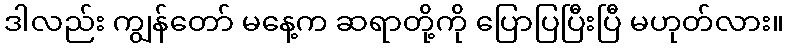
ဒါလည်း ကျွန်တော် မနေ့က ဆရာတို့ကို ပြောပြပြီးပြီ မဟုတ်လား။